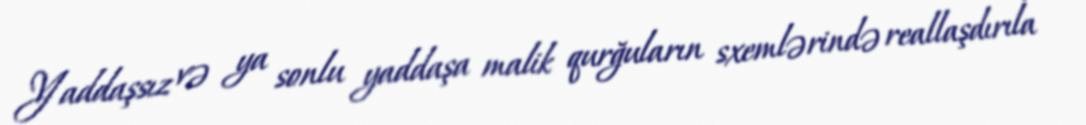
Yaddaşsız və ya sonlu yaddaşa malik qurğuların sxemlərində reallaşdırıla